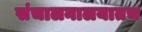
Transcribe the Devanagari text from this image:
संचालनालयातच